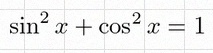
\sin^2x+\cos^2x=1